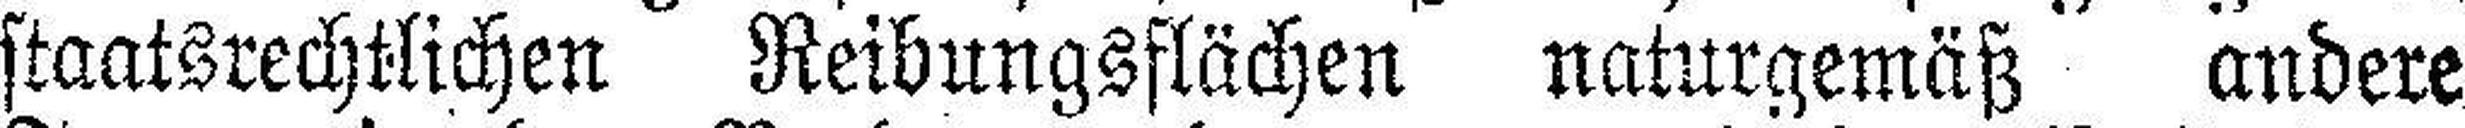
staatsrechtlichen Reibungsflächen naturgemäß andere